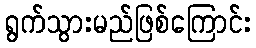
ရွက်သွားမည်ဖြစ်ကြောင်း